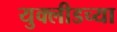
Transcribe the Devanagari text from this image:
युक्लीडच्या